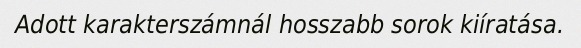
Adott karakterszámnál hosszabb sorok kiíratása.